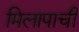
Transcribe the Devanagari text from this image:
मिलापाची